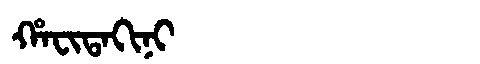
Manchu: ᡥᠠᠸᡳᡨᠠᡴᡳᠨᡳ
Romanization: HAFITAKINI